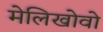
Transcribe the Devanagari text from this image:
मेलिखोवो